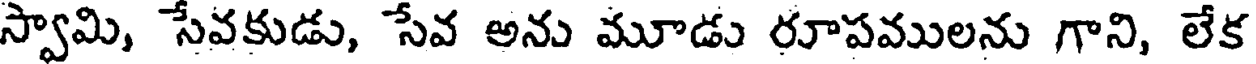
స్వామి, సేవకుడు, సేవ అను మూడు రూపములను గాని, లేక